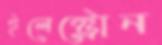
ইলেক্ট্রোন